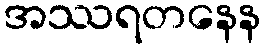
အဿရတနေန